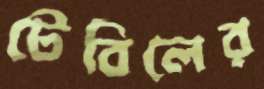
টেবিলের